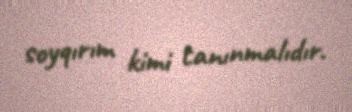
soyqırım kimi tanınmalıdır.